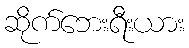
ဆိုက်ဘေးရီးယား